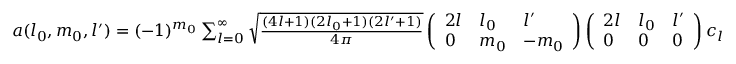
\begin{array} { r } { a ( l _ { 0 } , m _ { 0 } , l ^ { \prime } ) = ( - 1 ) ^ { m _ { 0 } } \sum _ { l = 0 } ^ { \infty } \sqrt { \frac { ( 4 l + 1 ) ( 2 l _ { 0 } + 1 ) ( 2 l ^ { \prime } + 1 ) } { 4 \pi } } \left( \begin{array} { l l l } { 2 l } & { l _ { 0 } } & { l ^ { \prime } } \\ { 0 } & { m _ { 0 } } & { - m _ { 0 } } \end{array} \right) \left( \begin{array} { l l l } { 2 l } & { l _ { 0 } } & { l ^ { \prime } } \\ { 0 } & { 0 } & { 0 } \end{array} \right) c _ { l } } \end{array}